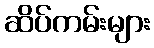
ဆိပ်ကမ်းများ